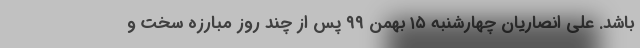
باشد. علی انصاریان چهارشنبه ۱۵ بهمن ۹۹ پس از چند روز مبارزه سخت و